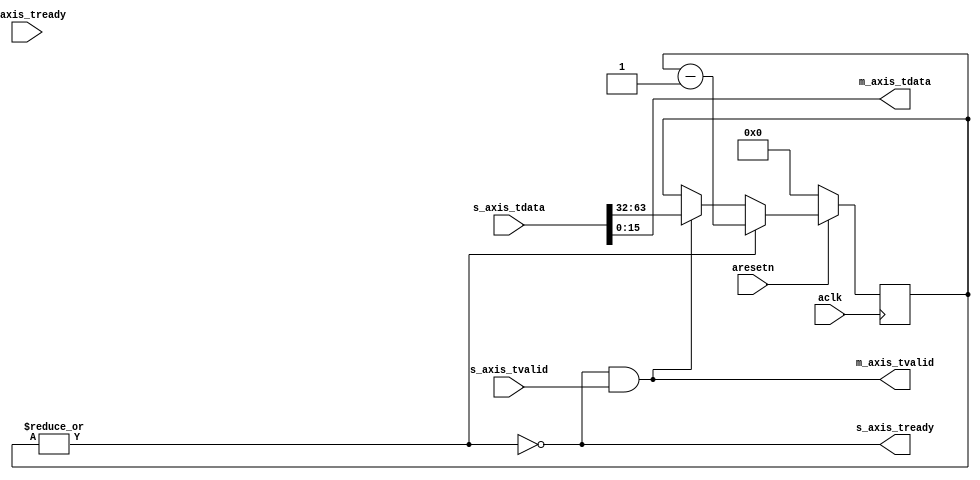

`timescale 1 ns / 1 ps

module axis_pulse_generator
(
  input  wire        aclk,
  input  wire        aresetn,

  // Slave side
  output wire        s_axis_tready,
  input  wire [63:0] s_axis_tdata,
  input  wire        s_axis_tvalid,

  // Master side
  input  wire        m_axis_tready,
  output wire [15:0] m_axis_tdata,
  output wire        m_axis_tvalid
);

  reg [31:0] int_cntr_reg, int_cntr_next;

  wire int_enbl_wire, int_tready_wire, int_tvalid_wire;

  assign int_enbl_wire = |int_cntr_reg;
  assign int_tready_wire = ~int_enbl_wire;
  assign int_tvalid_wire = int_tready_wire & s_axis_tvalid;

  always @(posedge aclk)
  begin
    if(~aresetn)
    begin
      int_cntr_reg <= 32'd0;
    end
    else
    begin
      int_cntr_reg <= int_cntr_next;
    end
  end

  always @*
  begin
    int_cntr_next = int_cntr_reg;

    if(int_tvalid_wire)
    begin
      int_cntr_next = s_axis_tdata[63:32];
    end

    if(int_enbl_wire)
    begin
      int_cntr_next = int_cntr_reg - 1'b1;
    end
  end

  assign s_axis_tready = int_tready_wire;
  assign m_axis_tdata = s_axis_tdata[15:0];
  assign m_axis_tvalid = int_tvalid_wire;

endmodule